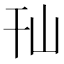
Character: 𰏢